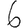
Digit: 6